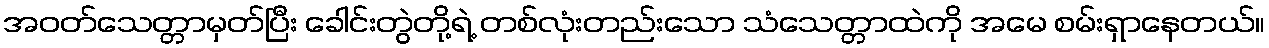
အဝတ်သေတ္တာမှတ်ပြီး ခေါင်းတွဲတို့ရဲ့ တစ်လုံးတည်းသော သံသေတ္တာထဲကို အမေ စမ်းရှာနေတယ်။